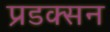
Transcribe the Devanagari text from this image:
प्रडक्सन